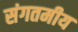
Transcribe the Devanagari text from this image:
संगतमीय